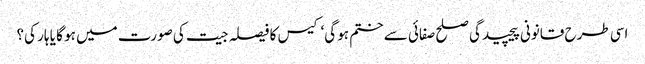
اسی طرح قانونی پیچیدگی صلح صفائی سے ختم ہو گی‘ کیس کا فیصلہ جیت کی صورت میں ہو گا یا ہار کی؟